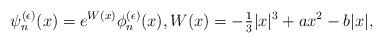
LaTeX: \begin{align*} \psi_n^{(\epsilon)}(x) = e^{W(x)} \phi_n^{(\epsilon)}(x), W(x) = - \tfrac{1}{3} |x|^3 + a x^2 - b |x|, \end{align*}